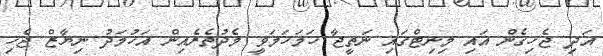
އަދި ޖެހިގެން އައި މިނިޓްގައި ނަތީޖާ ހަމަހަމަވީ މެދުތެރެއިން އަހުމަދު ނިޔާޒް ޖެހި